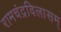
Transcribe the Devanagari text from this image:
रामचंद्रविलासम्